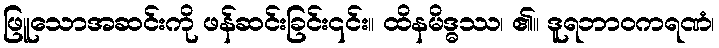
ဖြူသောအဆင်းကို ဖန်ဆင်းခြင်း၎င်း။ ထိနမိဒ္ဓဿ၊ ၏။ ဒူရဘာဝကရဏံ၊